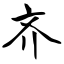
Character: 齐